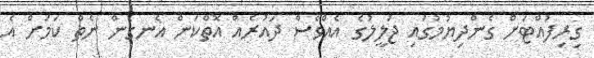
ގިރިފުއްޓަށް ގެންދިޔުމުގައި ޖަލީލުގެ އެއްވެސް ދައުރެއް އޮތްކަން އެނގެން ނެތް ކަމަށް އެ